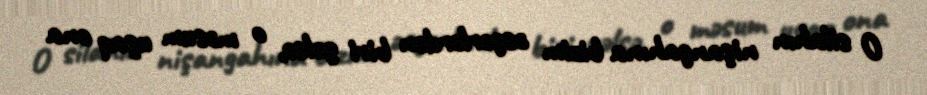
O silahın nişangahına bizim əsgərlərdən biri gəlsə, o məsum uşaq ona